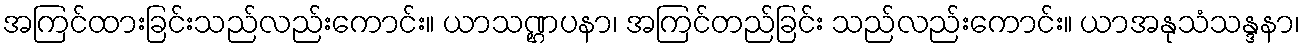
အကြင်ထားခြင်းသည်လည်းကောင်း။ ယာသဏ္ဌပနာ၊ အကြင်တည်ခြင်း သည်လည်းကောင်း။ ယာအနုသံသန္ဒနာ၊